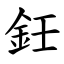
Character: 鈓